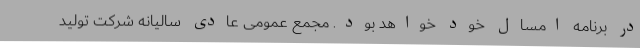
در برنامه امسال خود خواهد بود. مجمع عمومی عادی سالیانه شرکت تولید